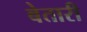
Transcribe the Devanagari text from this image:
बेतारी